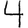
Digit: 4